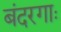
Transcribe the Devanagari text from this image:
बंदरगाः